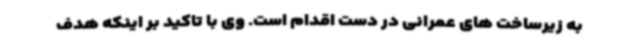
به زیرساخت های عمرانی در دست اقدام است. وی با تاکید بر اینکه هدف